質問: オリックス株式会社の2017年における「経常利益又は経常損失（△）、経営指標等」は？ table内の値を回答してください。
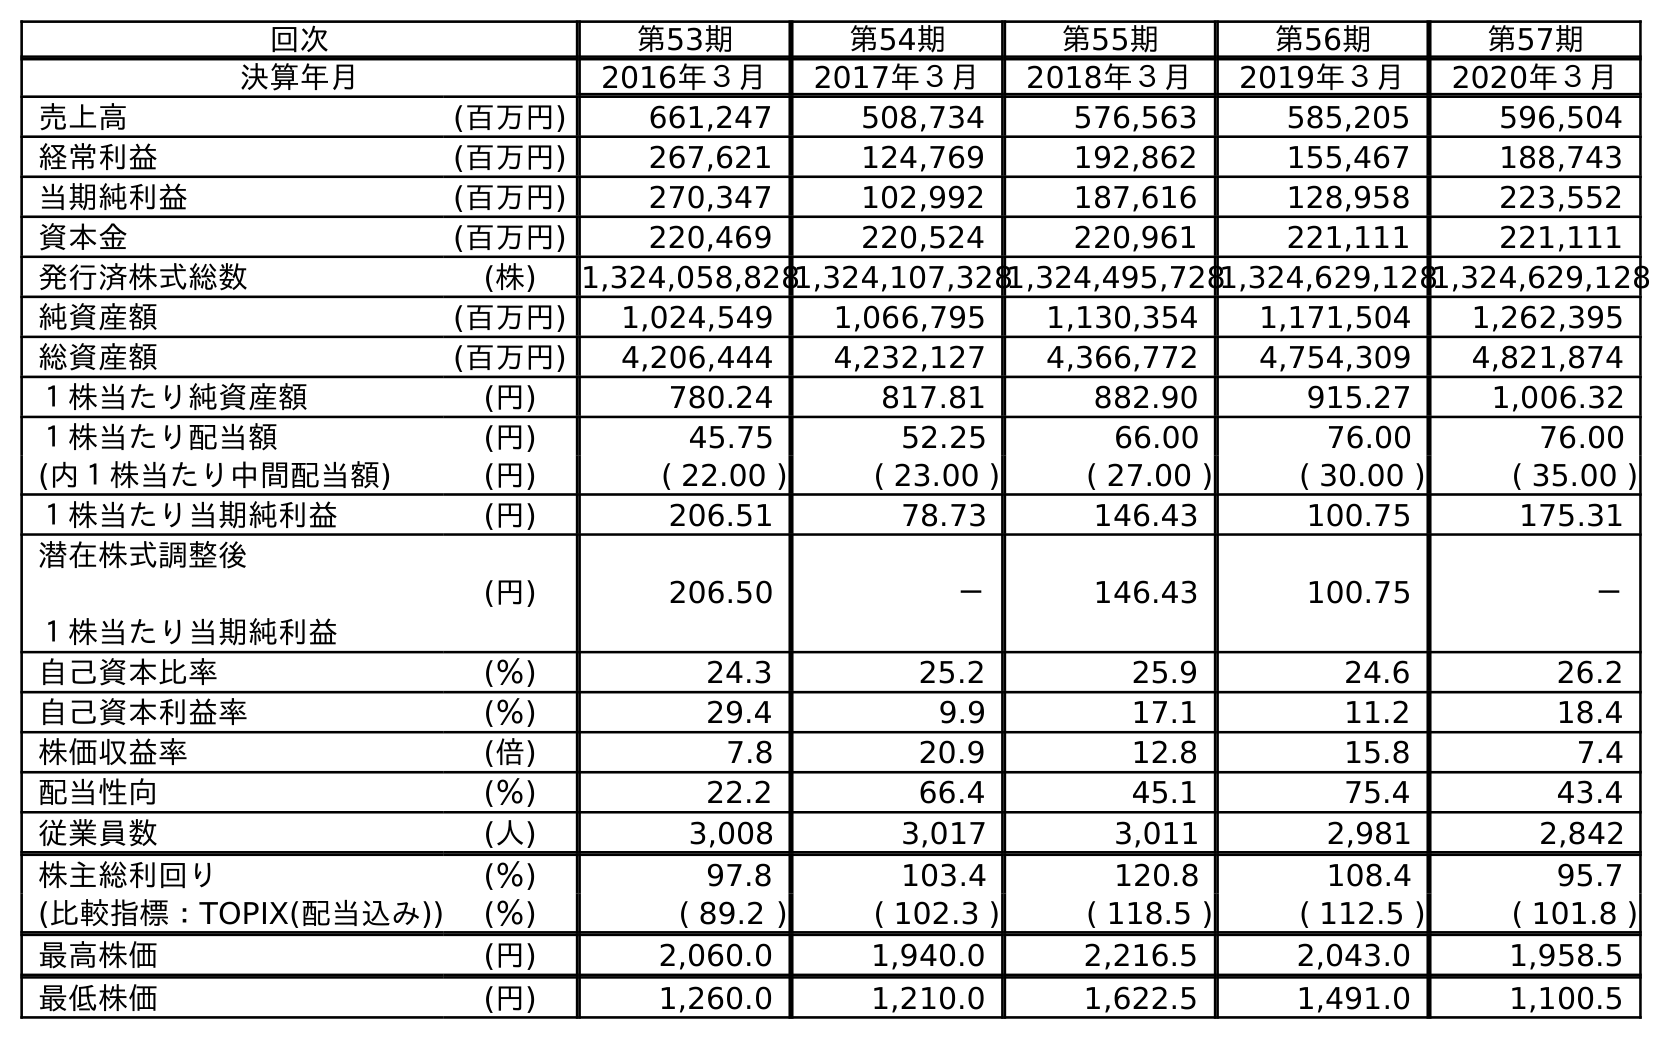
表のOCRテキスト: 回次 第53期 第54期 第55期 第56期 第57期 決算年月 2016年３月 2017年３月 2018年３月 2019年３月 2020年３月 売上高 (百万円) 661,247 508,734 576,563 585,205 596,504 経常利益 (百万円) 267,621 124,769 192,862 155,467 188,743 当期純利益 (百万円) 270,347 102,992 187,616 128,958 223,552 資本金 (百万円) 220,469 220,524 220,961 221,111 221,111 発行済株式総数 (株) 1,324,058,8281,324,107,3281,324,495,7281,324,629,1281,324,629,128 純資産額 (百万円) 1,024,549 1,066,795 1,130,354 1,171,504 1,262,395 総資産額 (百万円) 4,206,444 4,232,127 4,366,772 4,754,309 4,821,874 １株当たり純資産額 (円) 780.24 817.81 882.90 915.27 1,006.32 １株当たり配当額 (円) 45.75 52.25 66.00 76.00 76.00 (内１株当たり中間配当額) (円) ( 22.00 ) ( 23.00 ) ( 27.00 ) ( 30.00 ) ( 35.00 ) １株当たり当期純利益 (円) 206.51 78.73 146.43 100.75 175.31 潜在株式調整後 １株当たり当期純利益 (円) 206.50 － 146.43 100.75 － 自己資本比率 (％) 24.3 25.2 25.9 24.6 26.2 自己資本利益率 (％) 29.4 9.9 17.1 11.2 18.4 株価収益率 (倍) 7.8 20.9 12.8 15.8 7.4 配当性向 (％) 22.2 66.4 45.1 75.4 43.4 従業員数 (人) 3,008 3,017 3,011 2,981 2,842 株主総利回り (％) 97.8 103.4 120.8 108.4 95.7 (比較指標：TOPIX(配当込み)) (％) ( 89.2 ) ( 102.3 ) ( 118.5 ) ( 112.5 ) ( 101.8 ) 最高株価 (円) 2,060.0 1,940.0 2,216.5 2,043.0 1,958.5 最低株価 (円) 1,260.0 1,210.0 1,622.5 1,491.0 1,100.5
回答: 124,769